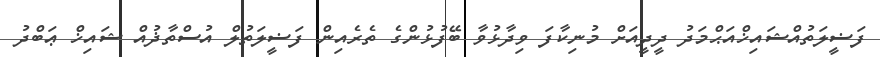
ފަޟީލަތުއްޝައިޚްއަޙްމަދު ދީދީއަށް މުނިކާފަ ވިދާޅުވާ ބޭފުޅުންގެ ތެރެއިން ފަޟީލަތުލް އުސްތާޛުއް ޝައިޚް ޢަބްދު